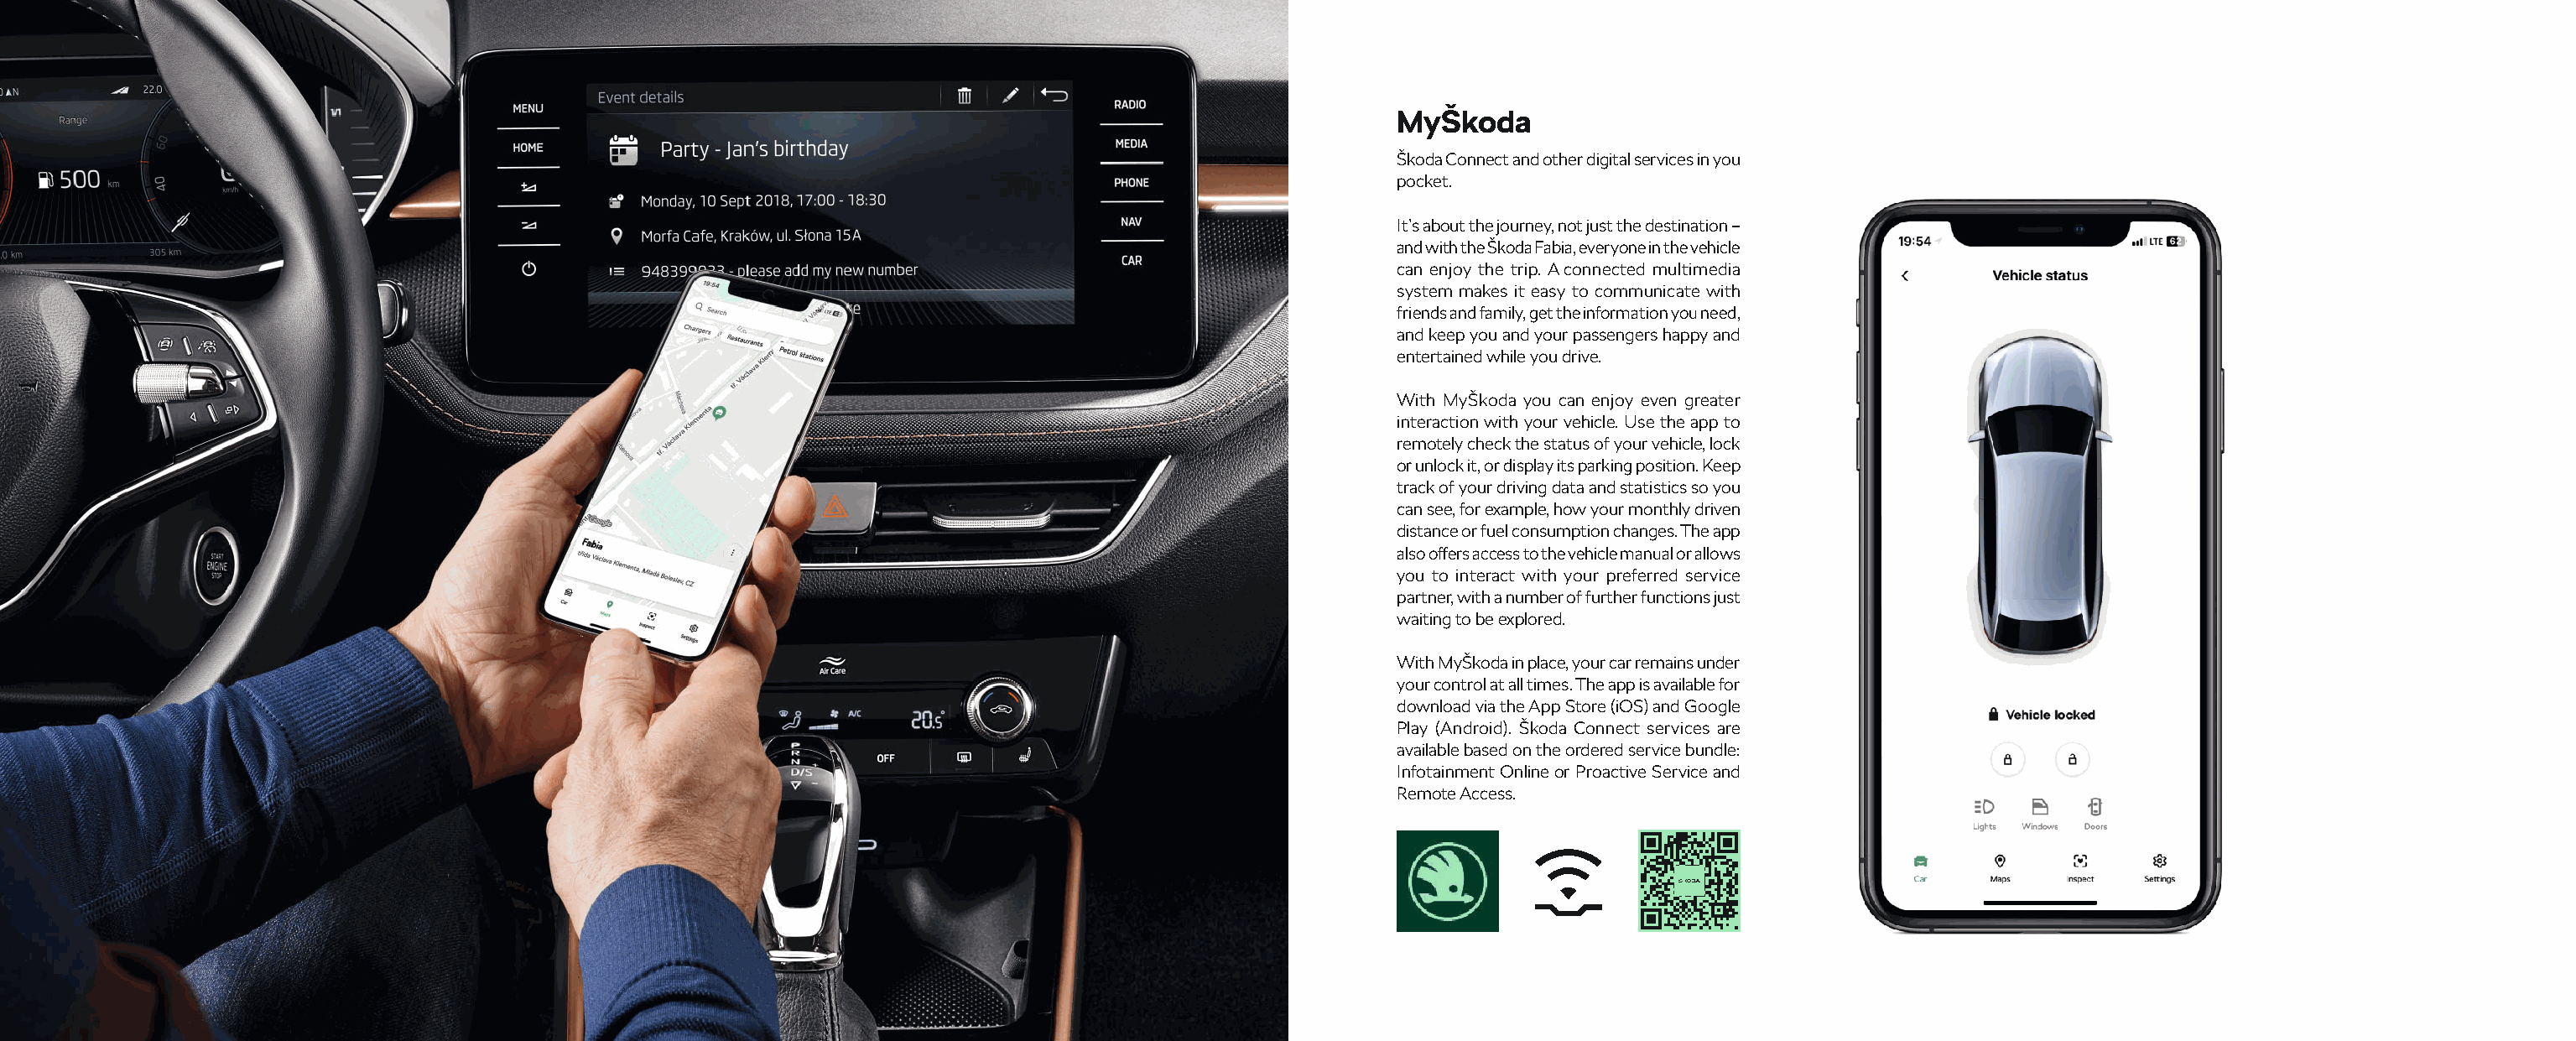
MyŠkoda
 Škoda Connect and other digital services in you
 pocket.
 It’s about the journey, not just the destination –
 and with the Škoda Fabia, everyone in the vehicle
 can enjoy the trip. A connected multimedia
 system makes it easy to communicate with
 friends and family, get the information you need,
 and keep you and your passengers happy and
 entertained while you drive.
 With MyŠkoda you can enjoy even greater
 interaction with your vehicle. Use the app to
 remotely check the status of your vehicle, lock
 or unlock it, or display its parking position. Keep
 track of your driving data and statistics so you
 can see, for example, how your monthly driven
 distance or fuel consumption changes. The app
 also off ers access to the vehicle manual or allows
 you to interact with your preferred service
 partner, with a number of further functions just
 waiting to be explored.
 With MyŠkoda in place, your car remains under
 your control at all times. The app is available for
 download via the App Store (iOS) and Google
 Play (Android). Škoda Connect services are
 available based on the ordered service bundle:
 Infotainment Online or Proactive Service and
 Remote Access.